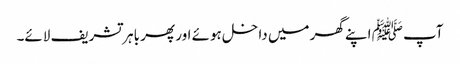
آپ ﷺ اپنے گھر میں داخل ہوئے اور پھر باہر تشریف لائے۔